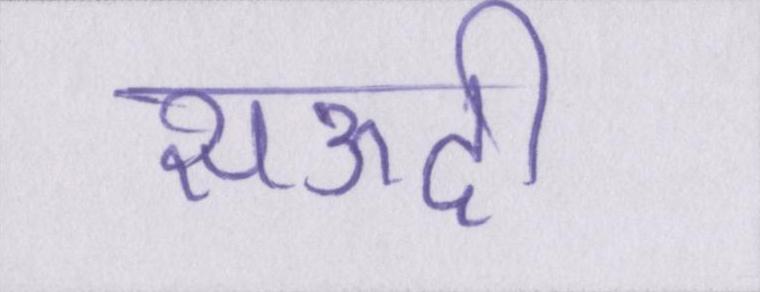
सऊदी